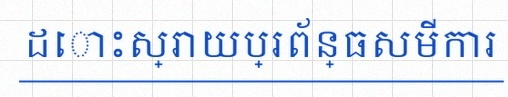
ដោះស្រាយប្រព័ន្ធសមីការ